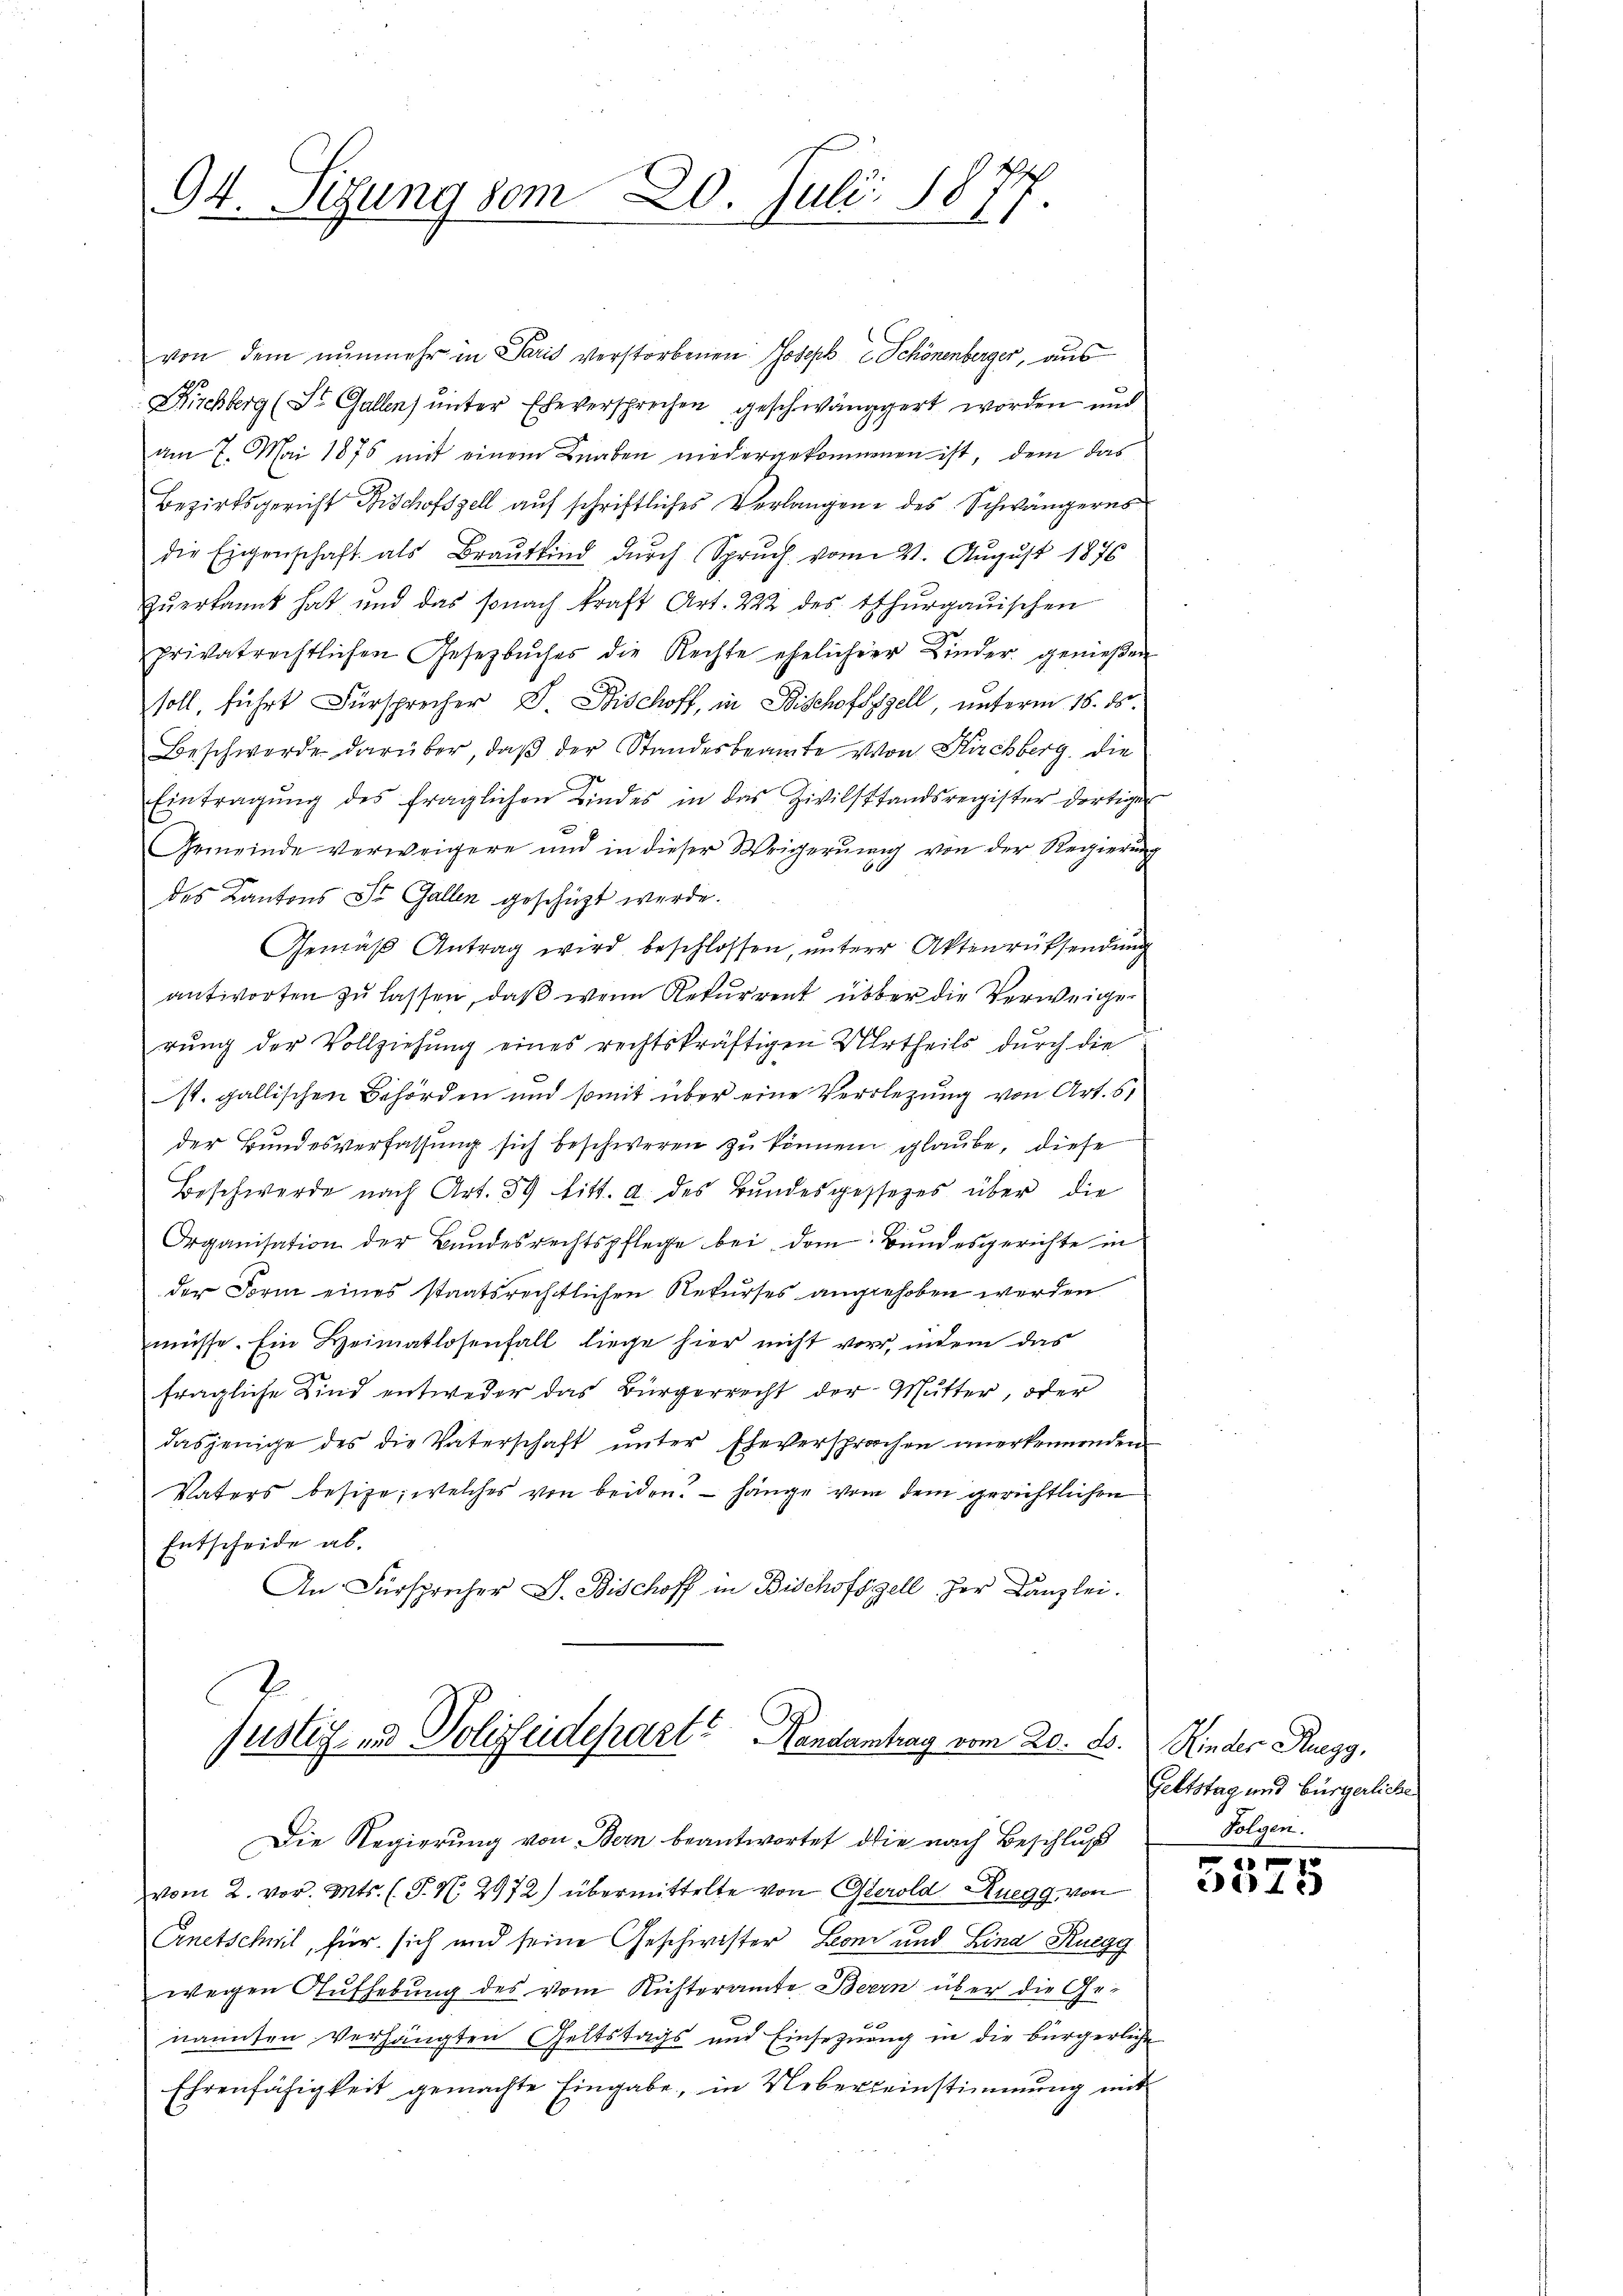
94. Sizung vom 20. Juli 1877

von dem nŭnmehr in Paris verstorbenen Joseph Schönenberger, aus
10
Kirchberg (St. Gallen) unter Eheversprechen geschwänggert worden und
am 7. Mai 1875 mit einem Knaben niedergekommenen ist, dem das
Bezirksgericht Fischofszell auf schriftliches Verlangene des Schwängeres
die Eigenschaft als Brautkind durch Spruch vom 21. August 1876
zŭerkannt hat und das sonach kraft Art. 222 des Thŭrgaŭischen
privatrechtlichen Gesetzbuches die Rechte ehelicherr Kinder gemeßen
soll, führt Fürsprecher V. Bischoff, in Bischofszell, unterm 15. ds.
Beschwerde darüber, daß der Standesbeamte von Kirchberg, die
Eintragŭng des fraglichen Kindes in das Zivilstandsregister dortiger
Gemeinde verweigere und in dieser Weigerung von der Regierung
0
des Kantons St. Gallen geschüzt werde.
Gemäβ Antrag wird beschlossen, ŭnterer Aktenrüksendŭng
antworten zu lassen, daß wenn Rekurrent über die Verweige
rung der Vollziehung eines rechtskräftigen Urtheils durch die
st. gallischen Behörden und somit über eine Verlegung von Art. 61
der Bundesverfassung sich beschweren zu können glaube, diese
Beschwerde nach Art. 39 litt. d. des Bundesgessezes über die
7.
Organisation der Bandesrechtspflege bei dem Bundesgerichte in
der Form eines staatsrechtlichen Rekurses angehoben werden
müsse. Ein Heimatlosenfall liege hier nicht vor, indem das
fragliche Kind entweder das Bürgerrecht der Mutter, oder
dasjenige des die Vaterschaft ŭnter Eheversprachen anerkennenden
Vaters besitze, welches von beiden? — hänge vom dem gerichtlichen
Entscheide ab.
An Fürsprecher G. Bischoff in Bischofszell zur Kanzlei.

Justiz- und Polizeidepart? Handantrag vom 20. ds.

Die Regierung von Bern beantwortet die nach Beschluß
vom 2. vor. Mts. (T. N. 2972) übermittelte von Gerold Ruegg, von

Cinetschwil, für sich und seine Geschwister Leonz und Lina Ruegg
wegen Aufhebung des vom Küsteramte Bern über die Ge-
nannten Verhängten Geltstags und Einsezung in die bürgerliche
Ehrenfähigkeit gemachte Eingabe, in Uebereinstimmung mit

Kinder Ruegg,
Geltstag und Bürgerliche
Folgen.

1
142)